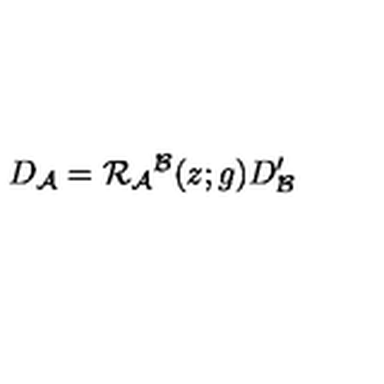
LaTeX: D _ { { \cal A } } = { \cal R } _ { { \cal A } } { } ^ { { \cal B } } ( z ; g ) D _ { { \cal B } } ^ { \prime }